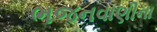
ભજનવાણીના